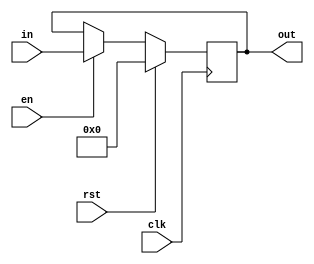
/*for practical consideration, the pc only suppport 8bit address*/

module PC(out,in,clk,en,rst);
  output reg[7:0] out;
  input wire[7:0] in;
  input wire clk,en,rst;
  
  
  always@(posedge clk)
  begin
    if(rst==1'b1) out=8'd0;
    else if(en==1)
      begin
        out=in;
    end
  end
endmodule

//test done!